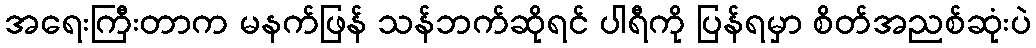
အရေးကြီးတာက မနက်ဖြန် သန်ဘက်ဆိုရင် ပါရီကို ပြန်ရမှာ စိတ်အညစ်ဆုံးပဲ